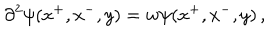
\partial ^ { 2 } \psi ( x ^ { + } , x ^ { - } , y ) = w \psi ( x ^ { + } , x ^ { - } , y ) \, ,